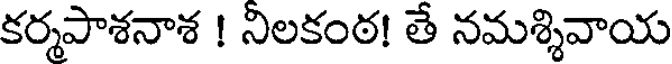
కర్మపాశనాశ ! నిలకంఠ! తే నమశ్శివాయ